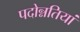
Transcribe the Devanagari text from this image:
पदोन्नतियां